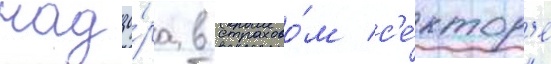
надзо́ра в страхово́м с'е́ктор'е